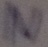
Text: N